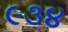
૯૩૪